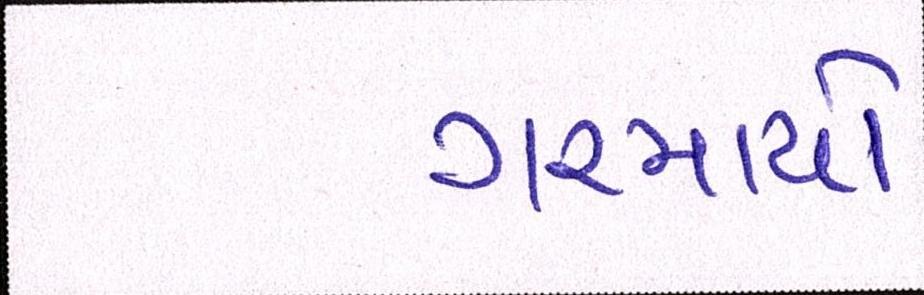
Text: ગરમાયો